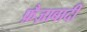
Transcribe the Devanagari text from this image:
फ़ैज़ाबादी